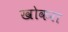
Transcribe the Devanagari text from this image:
खोकरा